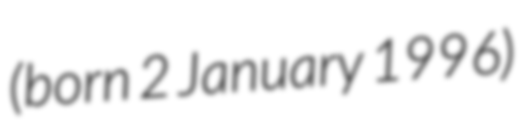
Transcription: (born 2 January 1996)